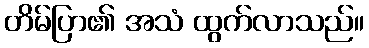
တိမ်ပြာ၏ အသံ ထွက်လာသည်။